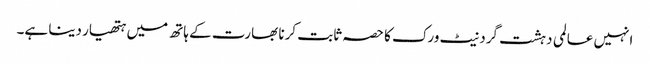
انہیں عالمی دہشت گرد نیٹ ورک کا حصہ ثابت کرنا بھارت کے ہاتھ میں ہتھیار دینا ہے۔